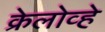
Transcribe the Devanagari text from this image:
क्रेलोव्हे